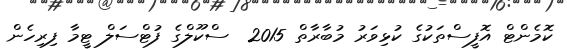
ކޮމެންޓް އޮފީސްތަކުގެ ކުޅިވަރު މުބާރާތް 2015  ސްކޫލްގެ ފުޓްސަލް ޓީމާ ފިރިހެން